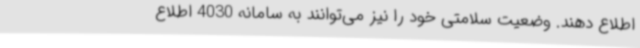
اطلاع دهند. وضعیت سلامتی خود را نیز می‌توانند به سامانه 4030 اطلاع